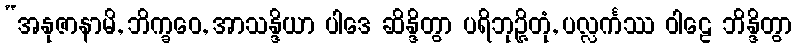
“အနုဇာနာမိ, ဘိက္ခဝေ, အာသန္ဒိယာ ပါဒေ ဆိန္ဒိတွာ ပရိဘုဉ္ဇိတုံ, ပလ္လင်္ကဿ ဝါဠေ ဘိန္ဒိတွာ